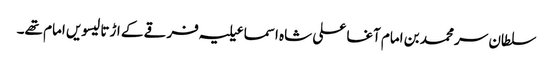
سلطان سر محمد بن امام آغا علی شاہ اسماعیلیہ فرقے کے اڑتالیسویں امام تھے۔